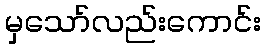
မှသော်လည်းကောင်း